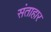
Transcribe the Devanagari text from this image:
संताहार